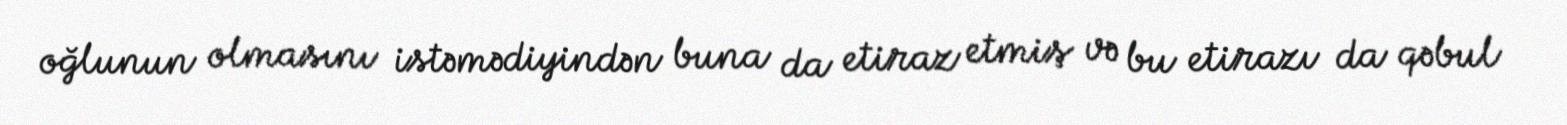
oğlunun olmasını istəmədiyindən buna da etiraz etmiş və bu etirazı da qəbul